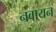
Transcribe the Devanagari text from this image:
नवायन